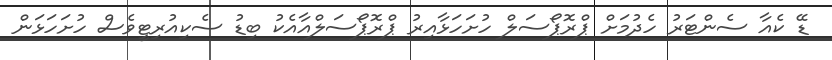
ޑޭ ކެއާ ސެންޓަރު ހެދުމަށް ޕްރޮޕޯސަލް ހުށަހަޅާއިރު ޕްރޮޕޯސަލްއާއެކު ބިޑު ސެކިއުރިޓީވެސް ހުށަހަޅަން